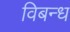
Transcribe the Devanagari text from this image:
विबन्ध